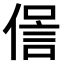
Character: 𠌜